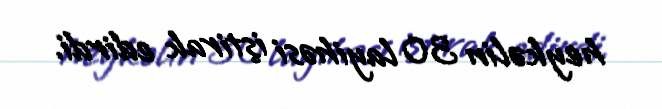
heykəlin 30 layihəsi iştirak edirdi.